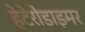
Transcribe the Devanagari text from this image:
हेटेरोडाइमर